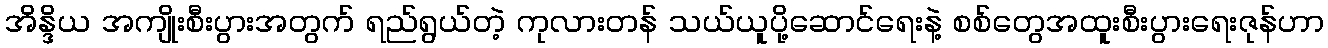
အိန္ဒိယ အကျိုးစီးပွားအတွက် ရည်ရွယ်တဲ့ ကုလားတန် သယ်ယူပို့ဆောင်ရေးနဲ့ စစ်တွေအထူးစီးပွားရေးဇုန်ဟာ